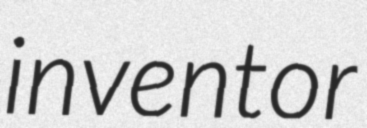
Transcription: inventor